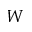
W